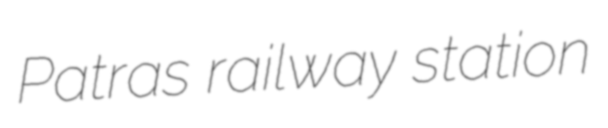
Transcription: Patras railway station